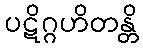
ပဋိဂ္ဂဟိတန္တိ